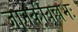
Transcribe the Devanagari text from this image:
जानकीवल्लभः